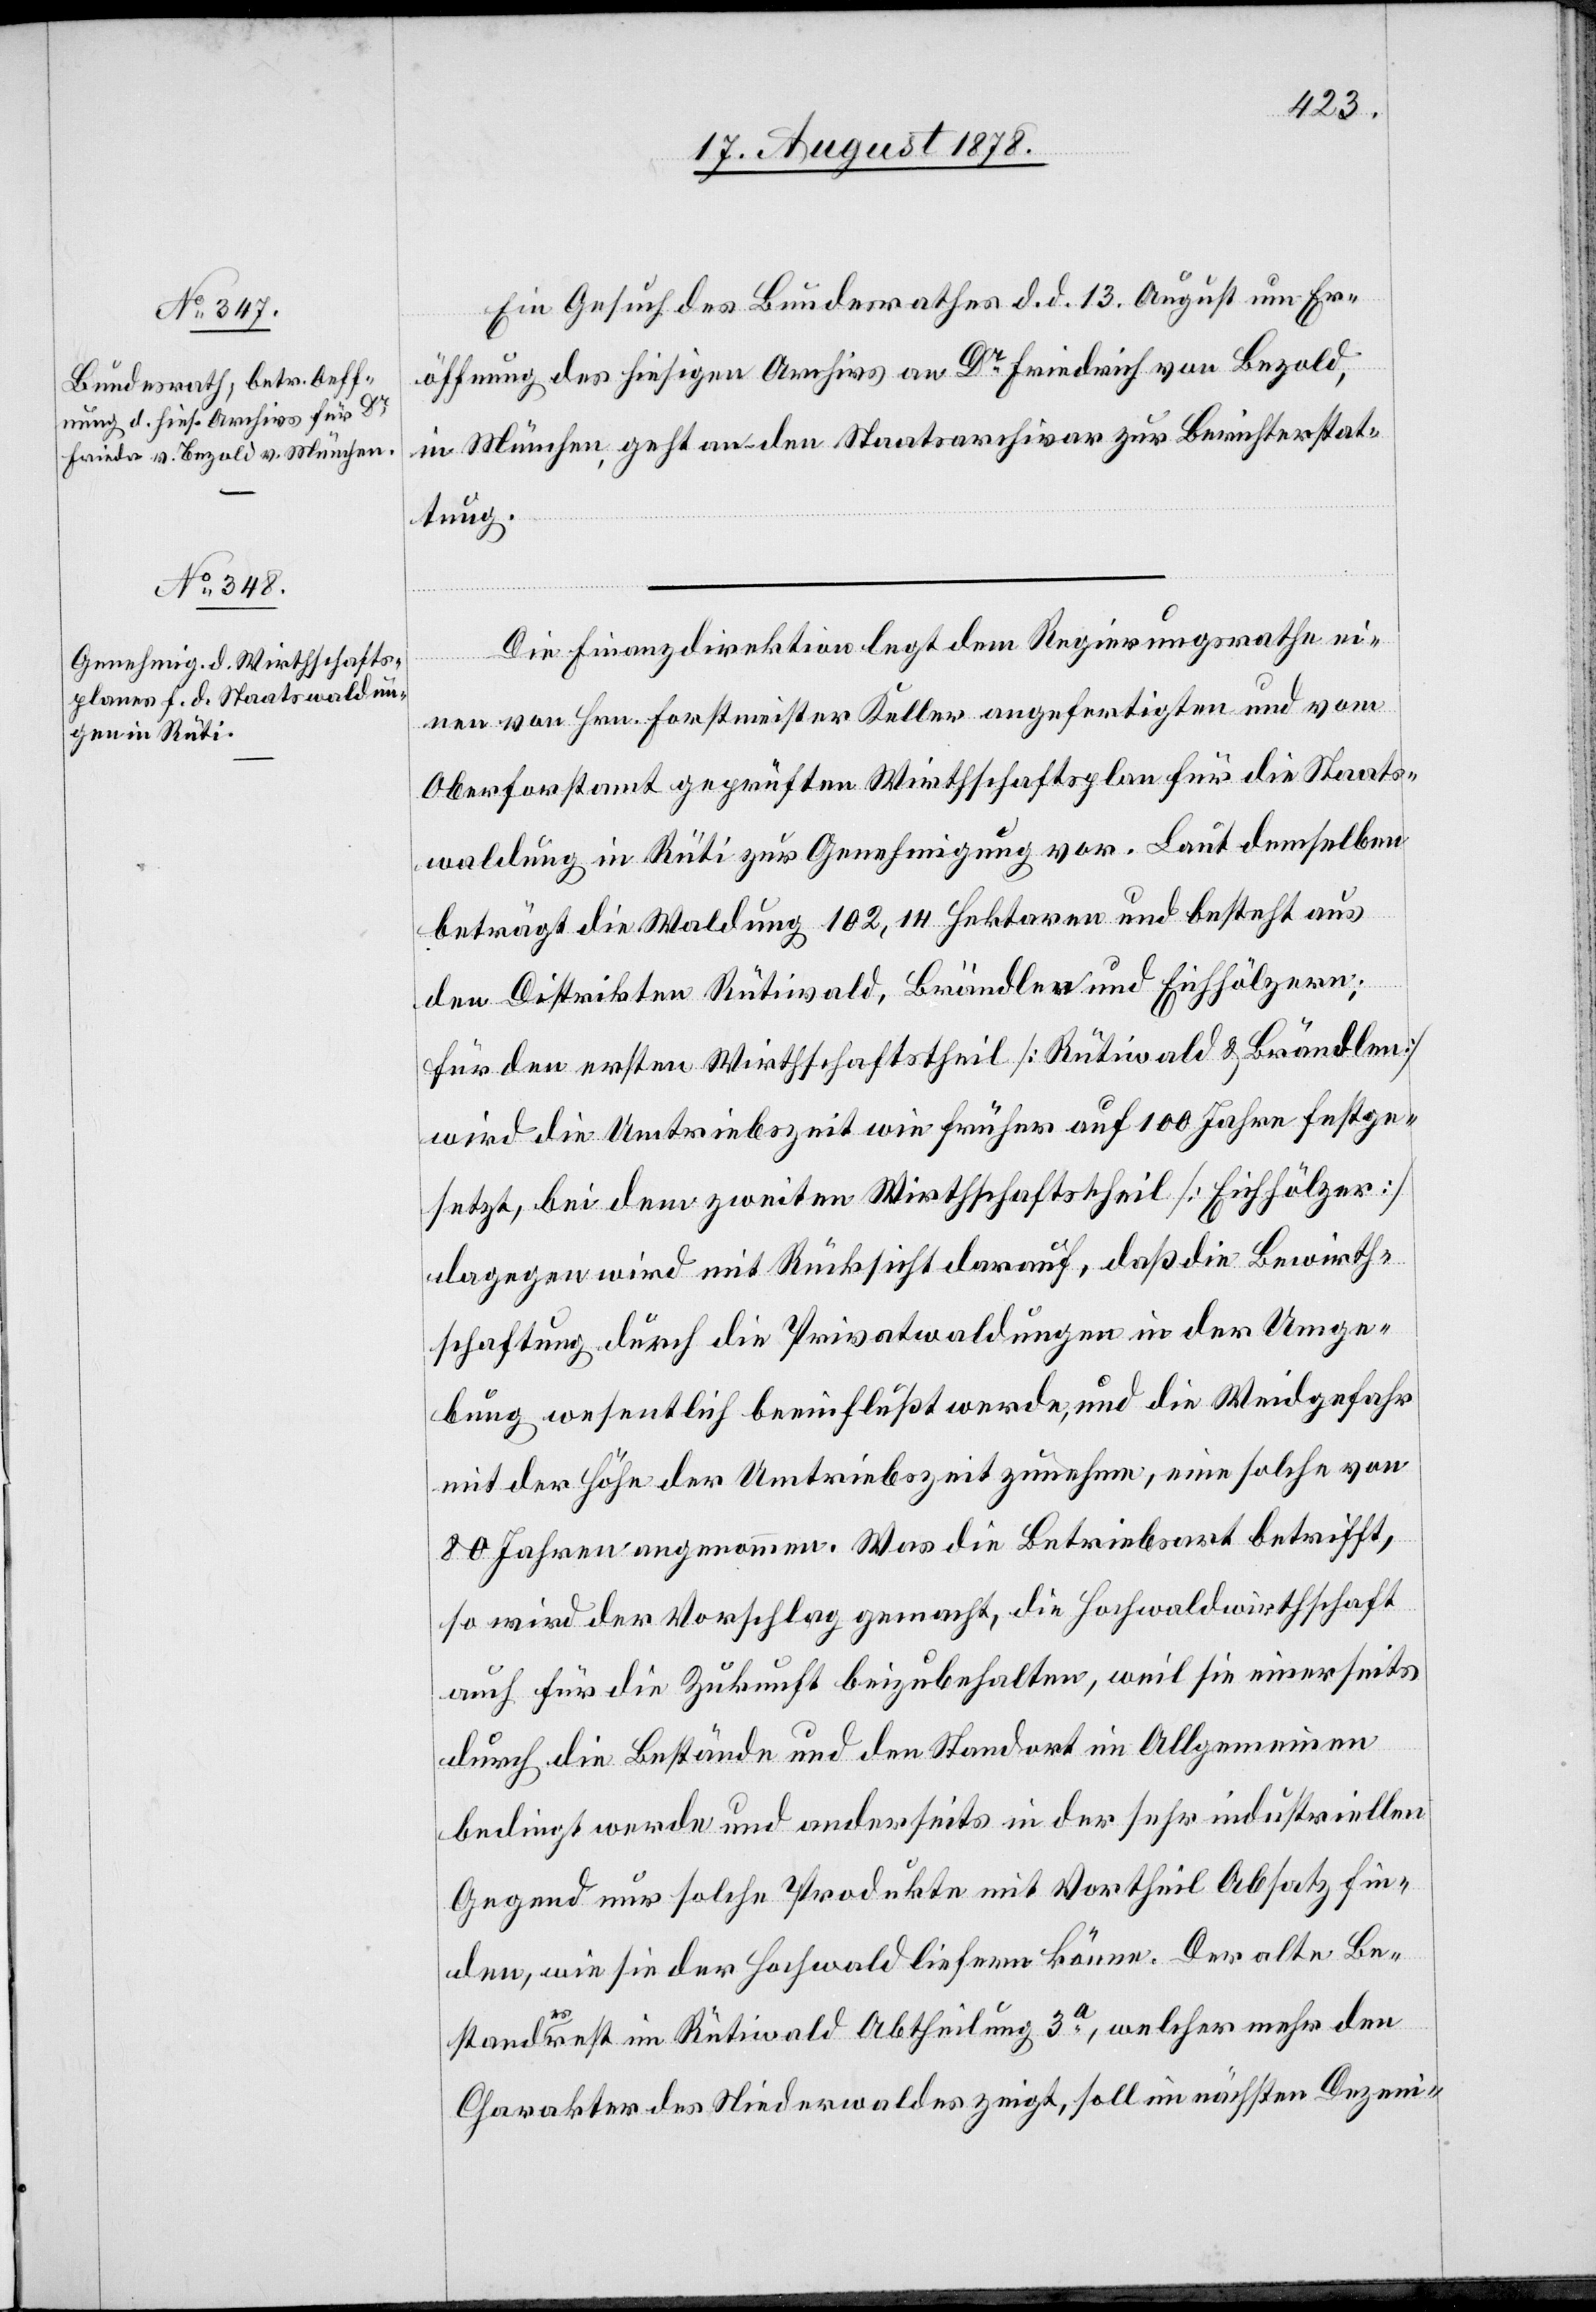
Ein Gesuch des Bundesrathes d. d. 13. August um Er¬
öffnung des hiesigen Archivs an Dr Friedrich von Bezold,
in München, geht an den Staatsarchivar zur Berichterstat¬
tung.
Die Finanzdirektion legt dem Regierungsrathe ei¬
nen von Hrn. Forstmeister Keller angefertigten und vom
Oberforstamt geprüften Wirthschaftsplan für die Staats¬
waldung in Rüti zur Genehmigung vor. Laut demselben
beträgt die Waldung 102,14 Hektaren und besteht aus
den Distrikten Rütiwald, Brändlen und Eichhölzern;
für den ersten Wirthschaftstheil [Rütiwald & Brändlen]
wird die Umtriebszeit wie früher auf 100 Jahre festge¬
setzt, bei dem zweiten Wirthschaftstheil [Eichhölzer]
dagegen wird mit Rücksicht darauf, daß die Bewirth¬
schaftung durch die Privatwaldungen in der Umge¬
bung wesentlich beeinflusst werde, und die Weidgefahr
mit der Höhe der Umtriebszeit zunehme, eine solche von
80 Jahren angenommen. Was die Betriebsart betrifft,
so wird der Vorschlag gemacht, die Hochwaldwirtschaft
auch für die Zukunft beizubehalten, weil sie einerseits
durch die Bestände und den Standort im Allgemeinen
bedingt werde und anderseits in der sehr industriellen
Gegend nur solche Produkte mit Vortheil Absatz fin¬
den, wie sie der Hochwald liefern könne. Der alte Be¬
standesrest in Rütiwald Abtheilung 3a, welcher mehr den
Charakter des Niederwaldes zeigt, soll im nächsten Dezeni-